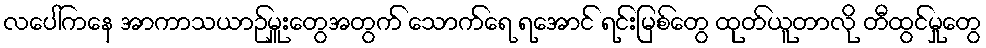
လပေါ်ကနေ အာကာသယာဉ်မှူးတွေအတွက် သောက်ရေ ရအောင် ရင်းမြစ်တွေ ထုတ်ယူတာလို တီထွင်မှုတွေ